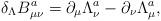
LaTeX: \begin{align*}\delta _\Lambda B_{\mu \nu }^a=\partial _\mu \Lambda _\nu ^a-\partial _\nu\Lambda _\mu ^a, \end{align*}